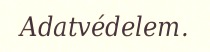
Adatvédelem.